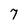
Character: 7